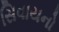
સિવાયનો